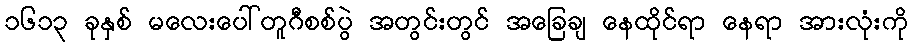
၁၆၁၃ ခုနှစ် မလေးပေါ်တူဂီစစ်ပွဲ အတွင်းတွင် အခြေချ နေထိုင်ရာ နေရာ အားလုံးကို